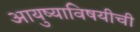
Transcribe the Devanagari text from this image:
आयुष्याविषयीची